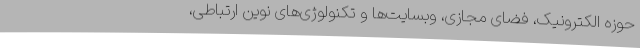
حوزه الکترونیک، فضای مجازی، وبسایت‌ها و تکنولوژی‌های نوین ارتباطی،